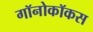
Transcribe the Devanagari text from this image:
गॉनोकॉकस